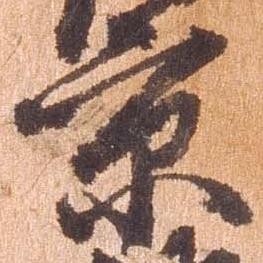
京